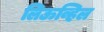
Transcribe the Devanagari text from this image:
लिऊव्हिल